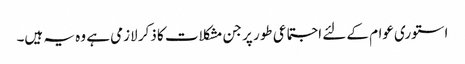
استوری عوام کے لئے اجتماعی طور پر جن مشکلات کا ذکر لازمی ہے وہ یہ ہیں۔